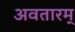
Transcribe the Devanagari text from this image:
अवतारम्